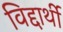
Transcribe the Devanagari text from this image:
विद्दार्थी